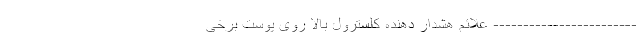
------------------------ علائم هشدار دهنده کلسترول بالا روی پوست برخی